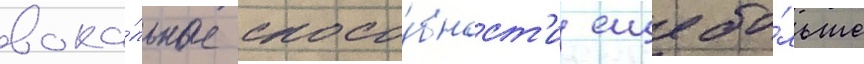
вока́льные спосо́бност'и еще бо́льше